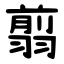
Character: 翦